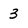
Character: 3